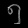
Digit: ၅